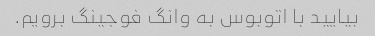
بیایید با اتوبوس به وانگ فوجینگ برویم.